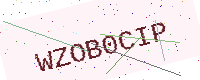
Text: WZOB0CIP